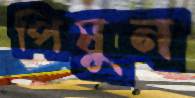
পিষুন